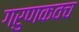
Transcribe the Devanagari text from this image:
गरुणकवच